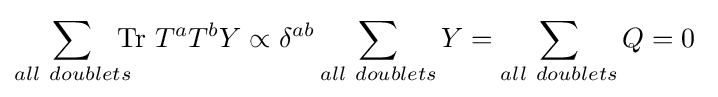
\sum _{all~doublets}\!\!\!\!\mathrm {Tr} ~T^{a}T^{b}Y\propto \delta ^{ab}\sum _{all~doublets}Y=\sum _{all~doublets}Q=0~